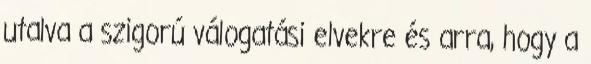
utalva a szigorú válogatási elvekre és arra, hogy a